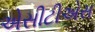
એસીટીએસ